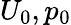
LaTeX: U_{0},p_{0}